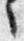
々